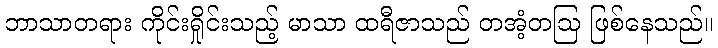
ဘာသာတရား ကိုင်းရှိုင်းသည့် မာသာ ထရီဇာသည် တအံ့တဩ ဖြစ်နေသည်။